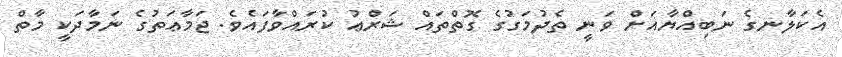
އެކަލާނގެ ނަބިއްޔާއަށް ވަނީ ތެދުމަގުގެ ގޮތްތައް ޝަރްޢު ކުރައްވާފައެވެ. ޖަމާޢަތުގެ ނަމާދަކީ މާތް